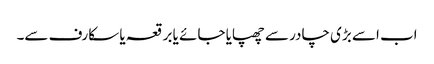
اب اسے بڑی چادر سے چھپایا جائے یا برقعہ یا سکارف سے۔